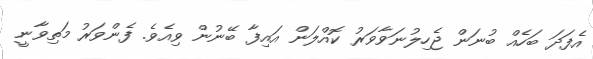
އެފަދަ ބަހެއް ބުނަން ޖެހިލުނަވާވަރު ކޮއްލަން އައިފާ ބޭނުން ވިއެވެ. ފެންވަރު މަތިވާނީ